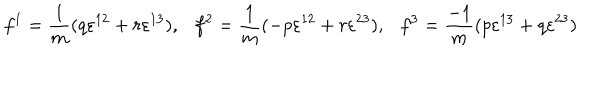
f ^ { 1 } = \frac { 1 } { m } ( q \varepsilon ^ { 1 2 } + r \varepsilon ^ { 1 3 } ) , f ^ { 2 } = \frac { 1 } { m } ( - p \varepsilon ^ { 1 2 } + r \varepsilon ^ { 2 3 } ) , f ^ { 3 } = \frac { - 1 } { m } ( p \varepsilon ^ { 1 3 } + q \varepsilon ^ { 2 3 } )